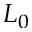
L _ { 0 }